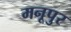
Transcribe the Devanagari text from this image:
मनूपुर